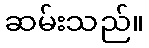
ဆမ်းသည်။